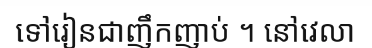
ទៅរៀនជាញឹកញាប់ ។ នៅវេលា